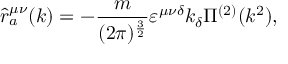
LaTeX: \hat { r } _ { a } ^ { \mu \nu } ( k ) = - \frac { m } { ( 2 \pi ) ^ { \frac { 3 } { 2 } } } \varepsilon ^ { \mu \nu \delta } k _ { \delta } \Pi ^ { ( 2 ) } ( k ^ { 2 } ) ,